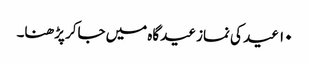
۱۰ عید کی نماز عیدگاہ میں جاکر پڑھنا۔